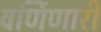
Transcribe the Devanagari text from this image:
वर्णिणारी